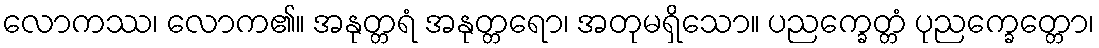
လောကဿ၊ လောက၏။ အနုတ္တရံ အနုတ္တရော၊ အတုမရှိသော။ ပညက္ခေတ္တံ ပုညက္ခေတ္တော၊